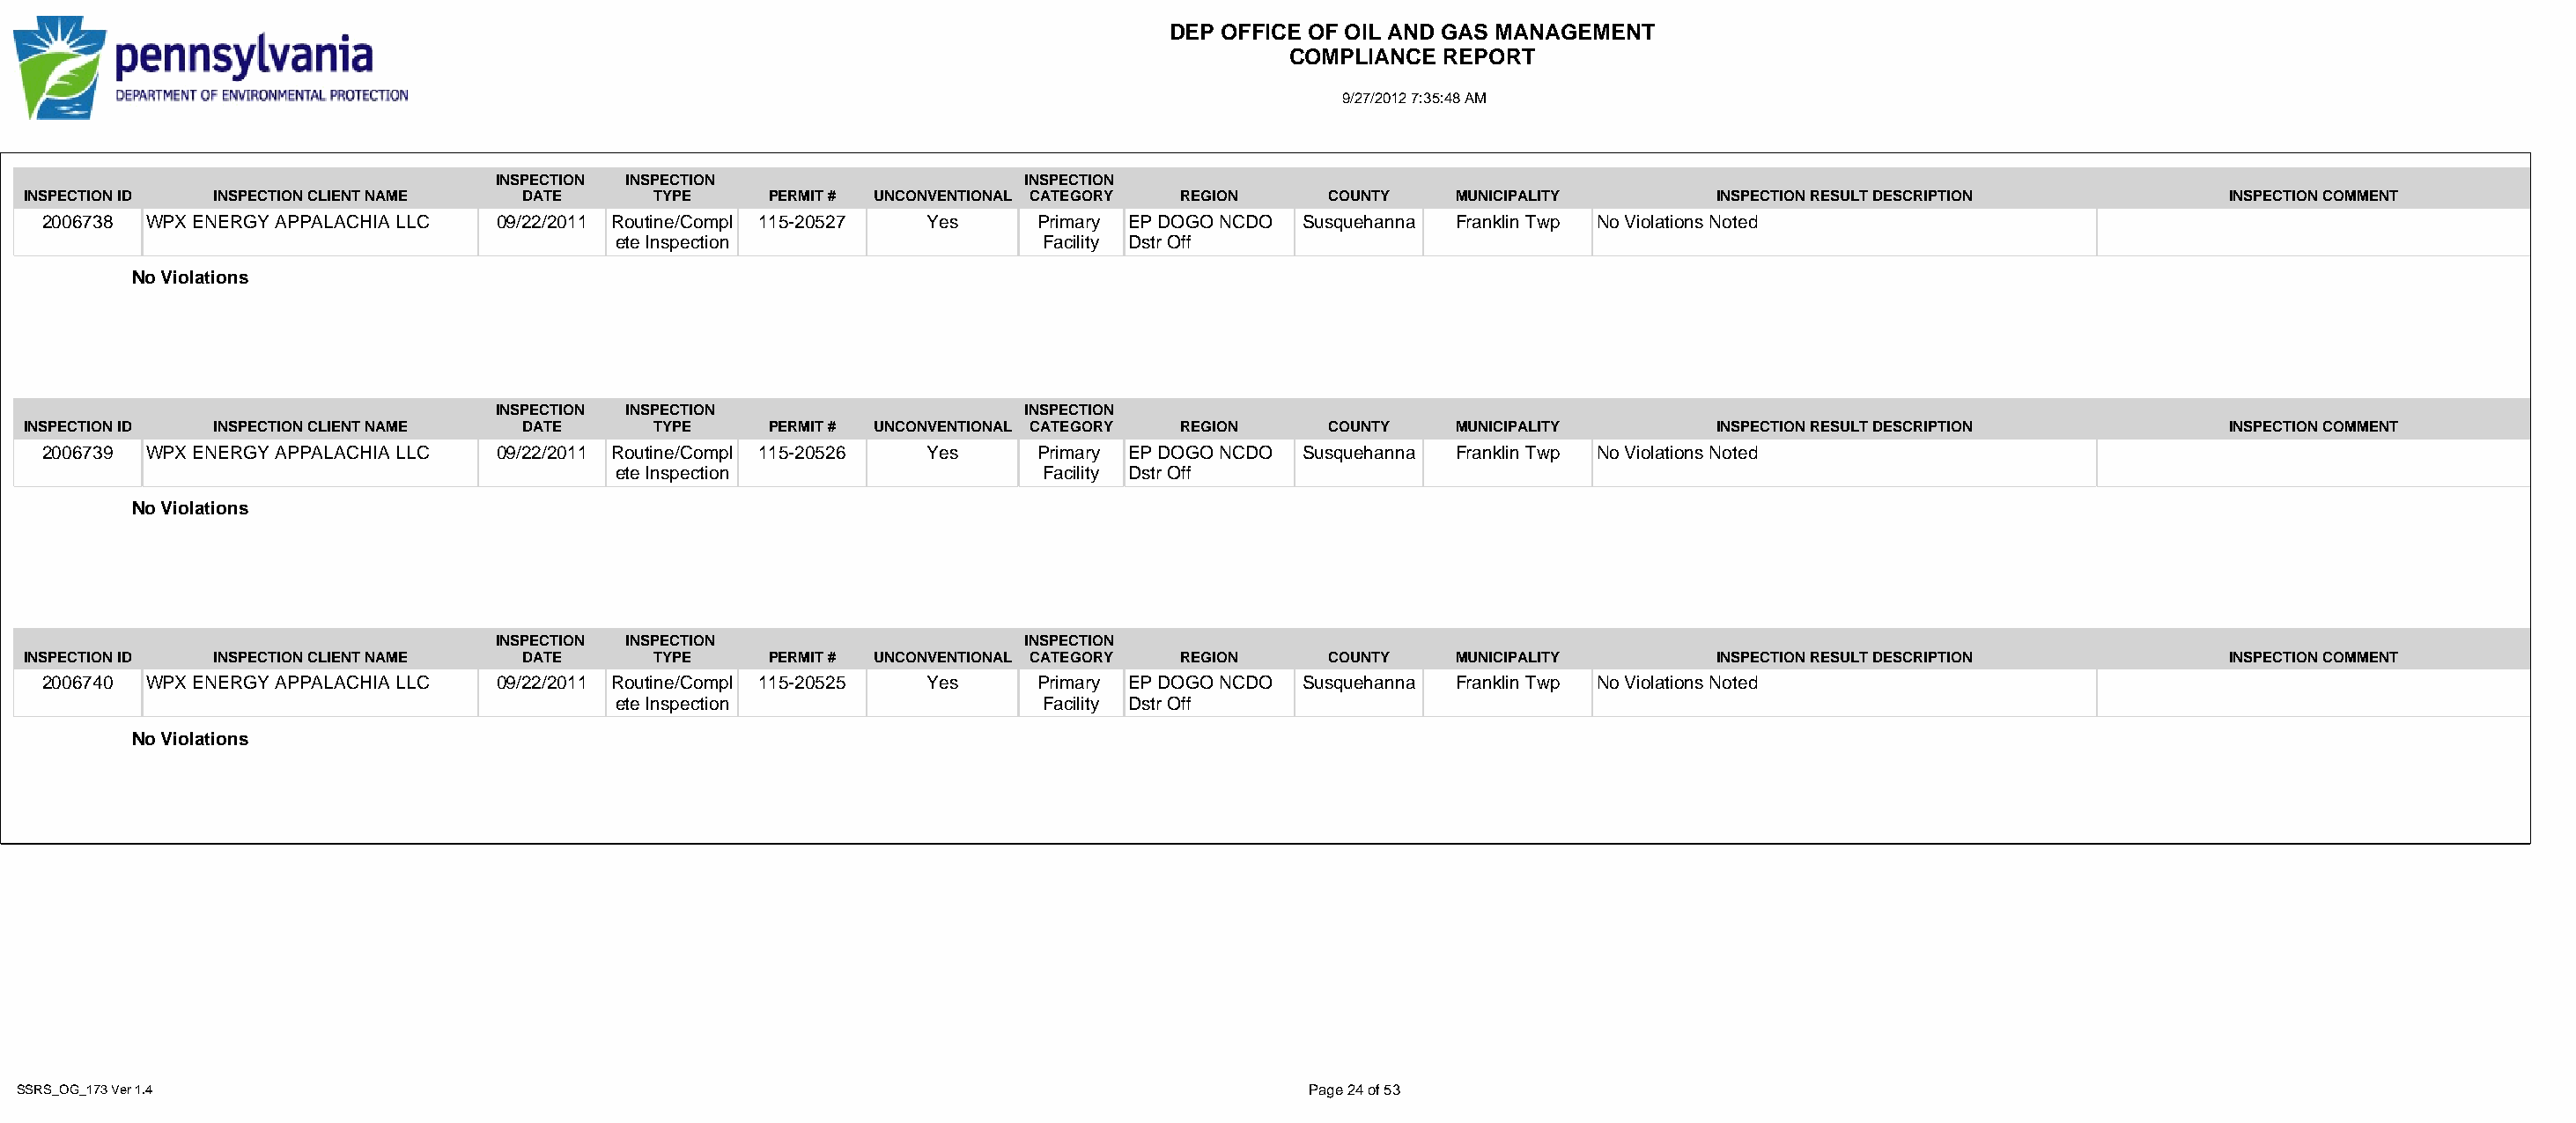
DEP OFFICE OF OIL AND GAS MANAGEMENT
 COMPLIANCE  REPORT
 9/27/2012 7:35:48 AM
 INSPECTION INSPECTION                   INSPECTION
 INSPECTION ID INSPECTION CLIENT NAME DATE      TYPE     PERMIT # UNCONVENTIONAL CATEGORY REGION   COUNTY   MUNICIPALITY        INSPECTION RESULT DESCRIPTION          INSPECTION COMMENT
 2006738 WPX ENERGY APPALACHIA LLC 09/22/2011 Routine/Compl 115-20527 Yes   Primary EP DOGO NCDO Susquehanna Franklin Twp No Violations Noted
 ete Inspection                  Facility Dstr Off
 No Violations
 INSPECTION INSPECTION                   INSPECTION
 INSPECTION ID INSPECTION CLIENT NAME DATE      TYPE     PERMIT # UNCONVENTIONAL CATEGORY REGION   COUNTY   MUNICIPALITY        INSPECTION RESULT DESCRIPTION          INSPECTION COMMENT
 2006739 WPX ENERGY APPALACHIA LLC 09/22/2011 Routine/Compl 115-20526 Yes   Primary EP DOGO NCDO Susquehanna Franklin Twp No Violations Noted
 ete Inspection                  Facility Dstr Off
 No Violations
 INSPECTION INSPECTION                   INSPECTION
 INSPECTION ID INSPECTION CLIENT NAME DATE      TYPE     PERMIT # UNCONVENTIONAL CATEGORY REGION   COUNTY   MUNICIPALITY        INSPECTION RESULT DESCRIPTION          INSPECTION COMMENT
 2006740 WPX ENERGY APPALACHIA LLC 09/22/2011 Routine/Compl 115-20525 Yes   Primary EP DOGO NCDO Susquehanna Franklin Twp No Violations Noted
 ete Inspection                  Facility Dstr Off
 No Violations
 SSRS_OG_173 Ver 1.4                                                                              Page 24 of 53